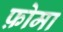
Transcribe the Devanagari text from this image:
फ़ोमा